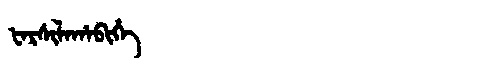
Manchu: ᡶᠠᡵᠰᡳᠯᠠᡥᠠᠪᡳᡥᡝ
Romanization: FARSILAHABIHE